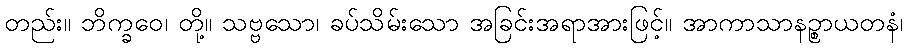
တည်း။ ဘိက္ခဝေ၊ တို့။ သဗ္ဗသော၊ ခပ်သိမ်းသော အခြင်းအရာအားဖြင့်။ အာကာသာနဉ္စာယတနံ၊